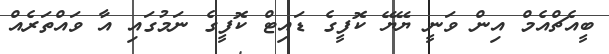
ބީއެޗްއެމް އިން ވަނީ ޔޭޔޭ ކޮފީގެ ޑައިޓް ކޮފީގެ ނަމުގައި އާ ވައްތަރެއް